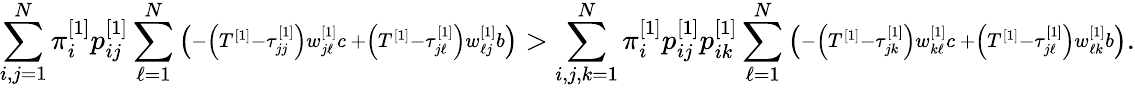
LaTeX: \sum_{i,j=1}^{N}\pi_{i}^{\left[1\right]}p_{ij}^{\left[1\right]}\sum_{\ell=1}^{N}\left(\substack{-\left(T^{\left[1\right]}-\tau_{jj}^{\left[1\right]}\right)w_{j\ell}^{\left[1\right]}c\, +\left(T^{\left[1\right]}-\tau_{j\ell}^{\left[1\right]}\right)w_{\ell j}^{\left[1\right]}b}\right)>\sum_{i,j,k=1}^{N}\pi_{i}^{\left[1\right]}p_{ij}^{\left[1\right]}p_{ik}^{\left[1\right]}\sum_{\ell=1}^{N}\left(\substack{-\left(T^{\left[1\right]}-\tau_{jk}^{\left[1\right]}\right)w_{k\ell}^{\left[1\right]}c\, +\left(T^{\left[1\right]}-\tau_{j\ell}^{\left[1\right]}\right)w_{\ell k}^{\left[1\right]}b}\right).